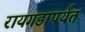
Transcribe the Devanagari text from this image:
रायगडापर्यंत